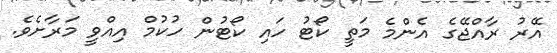
އޭރު ރާއްޖޭގެ އެންމެ މަތީ ކޯޓު ހައި ކޯޓުން ހުކުމް އިއްވީ މަރާށެވެ.